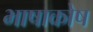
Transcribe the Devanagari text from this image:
भाषाकोष